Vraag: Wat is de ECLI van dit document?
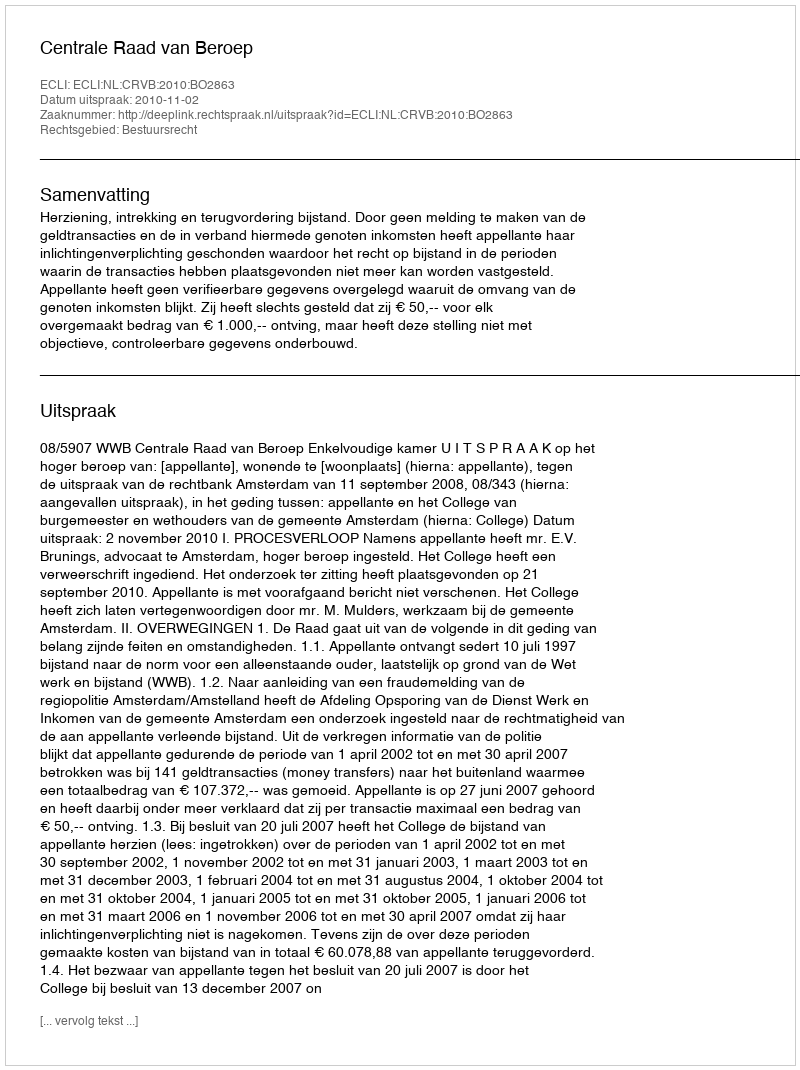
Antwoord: ECLI:NL:CRVB:2010:BO2863